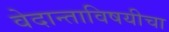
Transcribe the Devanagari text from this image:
वेदान्ताविषयीचा